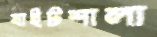
ষাইটশালা